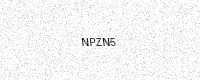
Text: NPZN5